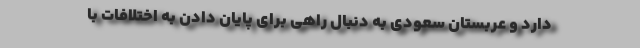
دارد و عربستان سعودی به دنبال راهی برای پایان دادن به اختلافات با